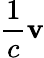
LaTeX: {\frac{1}{c}}\mathbf{v}